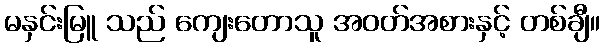
မနှင်းမြူ သည် ကျေးတောသူ အဝတ်အစားနှင့် တစ်ချီ။